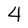
Character: 4